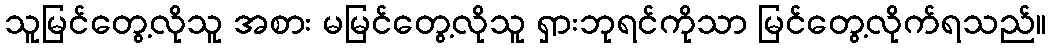
သူမြင်တွေ့လိုသူ အစား မမြင်တွေ့လိုသူ ရှားဘုရင်ကိုသာ မြင်တွေ့လိုက်ရသည်။